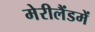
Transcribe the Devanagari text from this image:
मेरीलैंडमें